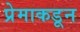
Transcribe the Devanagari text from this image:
प्रेमाकडून